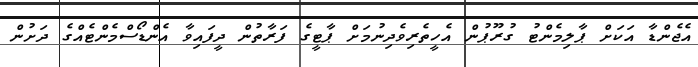
އެޖެންޑާ އަކަށް ޕާލިމެންޓު ގުރޫޕުން އެހީތެރިވެދިނުމަށް ޕާޓީގެ ފަރާތުން ދީފައިވާ އެންޑޯސްމެންޓެއްގެ ދަށުން